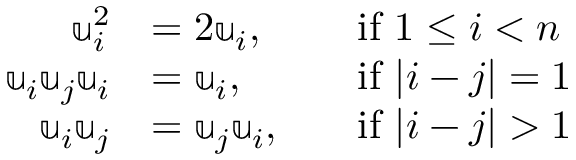
\begin{array} { r l r l } { \mathbb { u } _ { i } ^ { 2 } } & { = 2 \mathbb { u } _ { i } , } & & { \mathrm { i f ~ } 1 \leq i < n } \\ { \mathbb { u } _ { i } \mathbb { u } _ { j } \mathbb { u } _ { i } } & { = \mathbb { u } _ { i } , } & & { \mathrm { i f ~ } | i - j | = 1 } \\ { \mathbb { u } _ { i } \mathbb { u } _ { j } } & { = \mathbb { u } _ { j } \mathbb { u } _ { i } , } & & { \mathrm { i f ~ } | i - j | > 1 } \end{array}